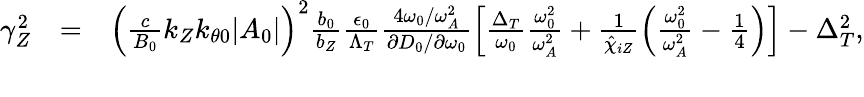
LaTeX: \begin{array}{rlr}{\gamma_{Z}^{2}}&{=}&{\left(\frac{c}{B_{0}}k_{Z}k_{\theta 0}\lvert A_{0}\rvert\right)^{2}\frac{b_{0}}{b_{Z}}\frac{\epsilon_{0}}{\Lambda_{T}}\frac{4\omega_{0}/\omega_{A}^{2}}{\partial D_{0}/\partial\omega_{0}}\left[\frac{\Delta_{T}}{\omega_{0}}\frac{\omega_{0}^{2}}{\omega_{A}^{2}}+\frac{1}{\hat{\chi}_{iZ}}\left(\frac{\omega_{0}^{2}}{\omega_{A}^{2}}-\frac{1}{4}\right)\right]-\Delta_{T}^{2},}\\ &{}&\end{array}